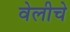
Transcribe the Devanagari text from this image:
वेलीचे